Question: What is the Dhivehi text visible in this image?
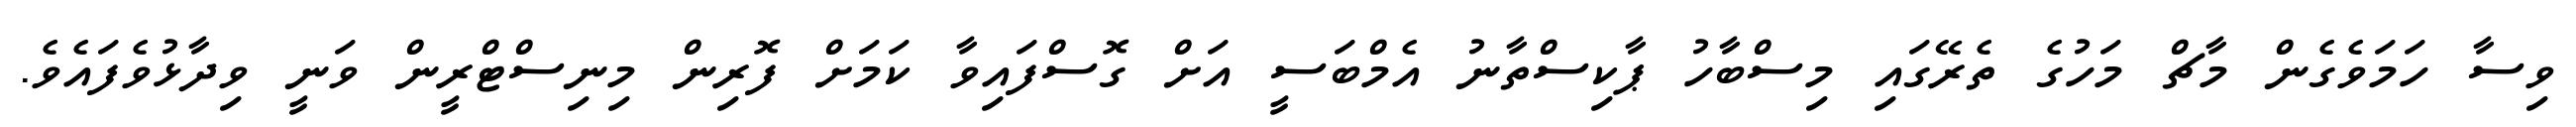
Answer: ވިސާ ހަމަވެގެން މާޗް މަހުގެ ތެރޭގައި މިސްބާހު ޕާކިސްތާނު އެމްބަސީ އަށް ގޮސްފައިވާ ކަމަށް ފޮރިން މިނިސްޓްރީން ވަނީ ވިދާޅުވެފައެވެ.